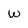
Character: w